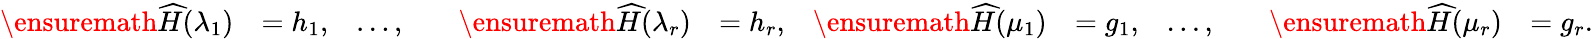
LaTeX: \begin{array}{rlrlrlrlrlrl}{\ensuremath{\skew 4\widehat{H}}(\lambda_{1})}&{=h_{1},}&{\ldots,}&{}&{\ensuremath{\skew 4\widehat{H}}(\lambda_{r})}&{=h_{r},}&{\ensuremath{\skew 4\widehat{H}}(\mu_{1})}&{=g_{1},}&{\ldots,}&{}&{\ensuremath{\skew 4\widehat{H}}(\mu_{r})}&{=g_{r}.}\end{array}